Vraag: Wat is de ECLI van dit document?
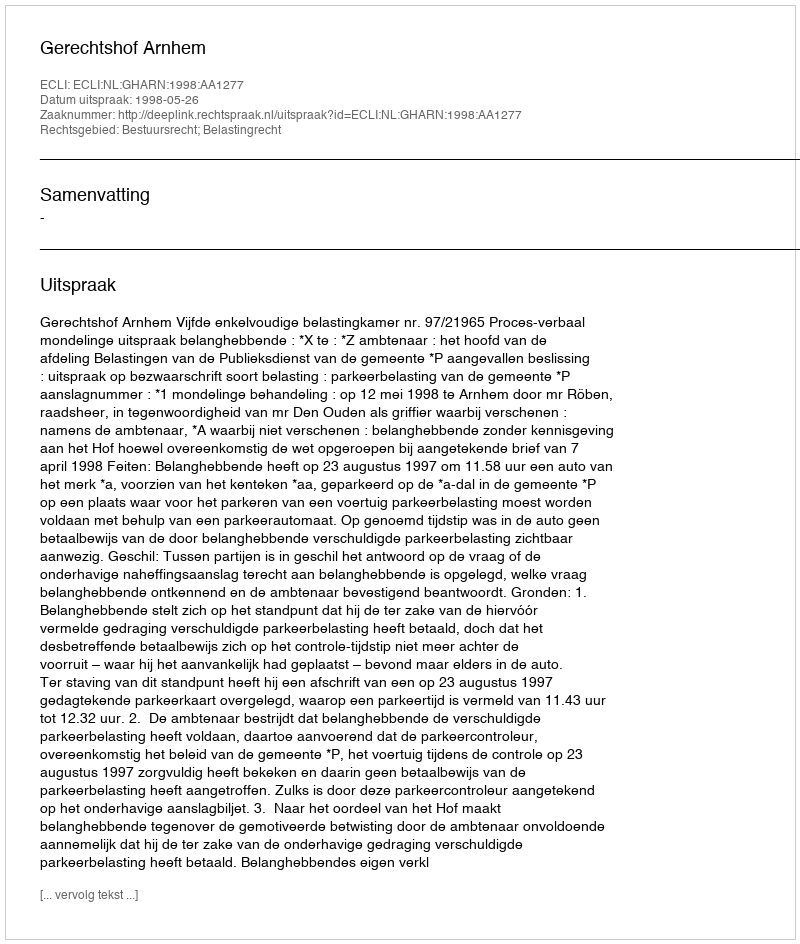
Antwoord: ECLI:NL:GHARN:1998:AA1277